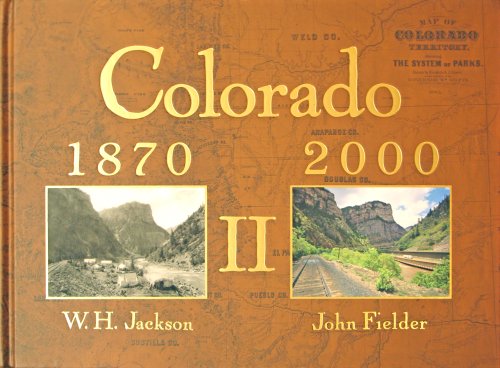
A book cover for Colorado 1870-2000 II; John Fielder; Arts & Photography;